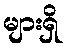
များရှိ